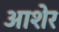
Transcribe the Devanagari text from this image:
आशेर